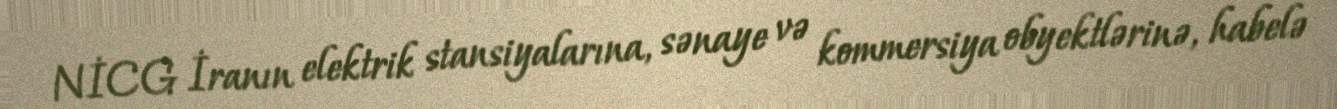
NİCG İranın elektrik stansiyalarına, sənaye və kommersiya obyektlərinə, habelə